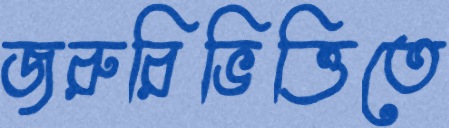
জরুরিভিত্তিতে